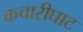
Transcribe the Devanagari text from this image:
कचारीघाट